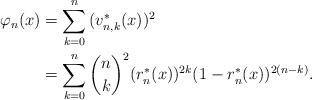
\begin{align*}\varphi_{n}(x)&=\sum^{n}_{k=0}{(v^*_{n,k}(x))^2}\\&=\sum^{n}_{k=0}{\binom{n}{k}^2(r^*_{n}(x))^{2k}(1-r^*_{n}(x))^{2(n-k)}}.\end{align*}